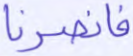
فانصرنا